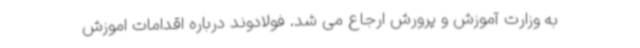
به وزارت آموزش و پرورش ارجاع می شد. فولادوند درباره اقدامات اموزش